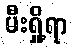
မီးရှို့ရာ